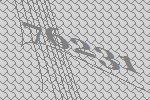
76231